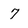
Character: 7